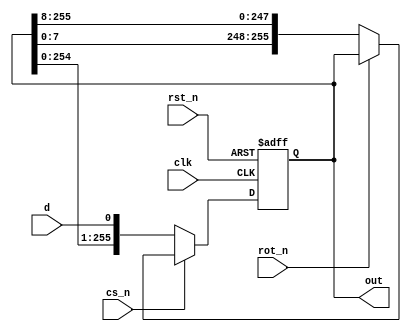
// This program was cloned from: https://github.com/TinyTapeout/tinytapeout-mpw7
// License: Apache License 2.0

module s_p_shift_reg #(parameter LENGTH=256, parameter ROT_LEN = 8) (input d,
                                          input clk,
                                          input rst_n,
                                          input cs_n,
                                          input rot_n,
                                          output reg [LENGTH-1:0] out);
                                                      
  always @(posedge clk or negedge rst_n)
    begin
      if(!rst_n)
        out <= {LENGTH{1'b0}};
      else if (!cs_n)
        out <= {out[LENGTH-2:0], d};
      else if (!rot_n)
        out <= {out[ROT_LEN -1:0], out[LENGTH -1:ROT_LEN]};
      else 
        out <= out;
    end
  
endmodule

module lut #(parameter IN_WIDTH=4, parameter OUT_WIDTH=4) (input [IN_WIDTH-1:0] sel,
                                                           input [2**(IN_WIDTH)*OUT_WIDTH-1:0] in,
                                                           output [OUT_WIDTH-1:0] out);
 
 
  
  wire [OUT_WIDTH-1:0] chunked_in [2**IN_WIDTH-1:0];
  
  genvar i;
  
  generate
    for (i = 0; i < 2**IN_WIDTH; i = i+1) begin
      assign chunked_in[i] = in[(i+1) * OUT_WIDTH - 1 -: OUT_WIDTH];
    end
  endgenerate	     
  
  assign out = chunked_in[sel];
  
endmodule

module serial_load_lut #(parameter IN_WIDTH=4, parameter OUT_WIDTH=4, parameter ROT_LEN=8) (
  input d, input clk, input rst_n, input cs_n, input rot_n, input [IN_WIDTH-1:0] sel, output [OUT_WIDTH-1:0] out);
  
  wire [2**(IN_WIDTH)*OUT_WIDTH-1:0] parallel_table;
  
  s_p_shift_reg #(2**(IN_WIDTH)*OUT_WIDTH, ROT_LEN) p_s_shift_reg(.d(d),.clk(clk),.rst_n(rst_n),.cs_n(cs_n),
                                                                  .rot_n(rot_n), .out(parallel_table));
  
  lut #(IN_WIDTH, OUT_WIDTH) lut(.sel(sel), .in(parallel_table), .out(out));
  
  
endmodule

module user_module_1f985e14df1ed789231bb6e0189d6e39(
  input [7:0] io_in,
  output [7:0] io_out
);

  serial_load_lut #(2, 8) lut(.d(io_in[0]), .clk(io_in[1]), .rst_n(io_in[2]), .cs_n(io_in[3]), 
                              .rot_n(io_in[6]), .sel(io_in[5:4]), .out(io_out[7:0]));
  
  //assign io_out[7:3] = 0;
  
endmodule